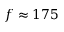
f \approx 1 7 5